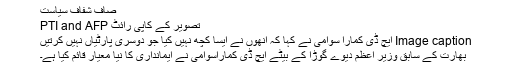
صاف شفاف سیاست
تصویر کے کاپی رائٹ PTI and AFP
Image caption ایچ ڈی کمارا سوامی نے کہا کہ انھوں نے ایسا کچھ نہیں کیا جو دوسری پارٹیاں نہیں کرتیں
بھارت کے سابق وزیر اعظم دیوے گوڑا کے بیٹے ایچ ڈی کماراسوامی نے ایمانداری کا نیا معیار قائم کیا ہے۔